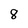
Character: 8